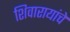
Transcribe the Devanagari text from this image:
शिवारायांचे